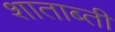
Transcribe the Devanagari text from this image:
शाताब्ती